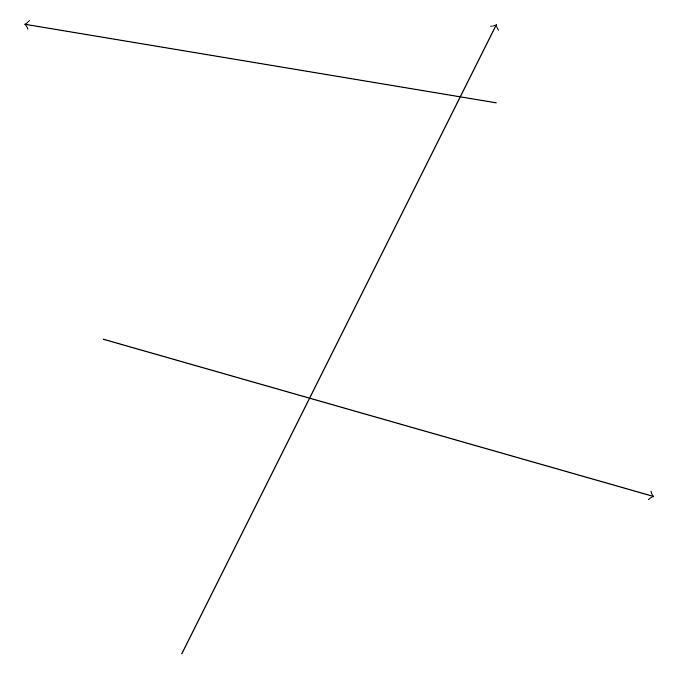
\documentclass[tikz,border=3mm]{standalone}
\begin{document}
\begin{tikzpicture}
\draw[->] (6,18) -- (0,19);
\draw[->] (2,11) -- (6,19);
\draw[->] (1,15) -- (8,13);
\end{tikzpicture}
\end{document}